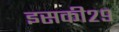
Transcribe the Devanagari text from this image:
इसकी२९